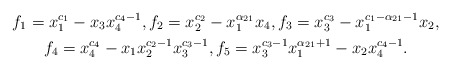
\begin{gather*}f_1= x_1^{c_1}- x_3x_4^{c_4-1}, f_2=x_2^{c_2}- x_1^{\alpha_{21}}x_4, f_3=x_3^{c_3}-x_1^{c_1-\alpha_{21}-1}x_2,\\f_4=x_4^{c_4}- x_1 x_2^{c_2-1}x_3^{c_3-1}, f_5=x_3^{c_3-1}x_1^{\alpha_{21}+1}-x_2 x_4^{c_4-1}.\end{gather*}